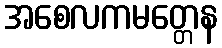
အစေလကမတ္တေန